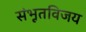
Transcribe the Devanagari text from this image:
संभूतविजय